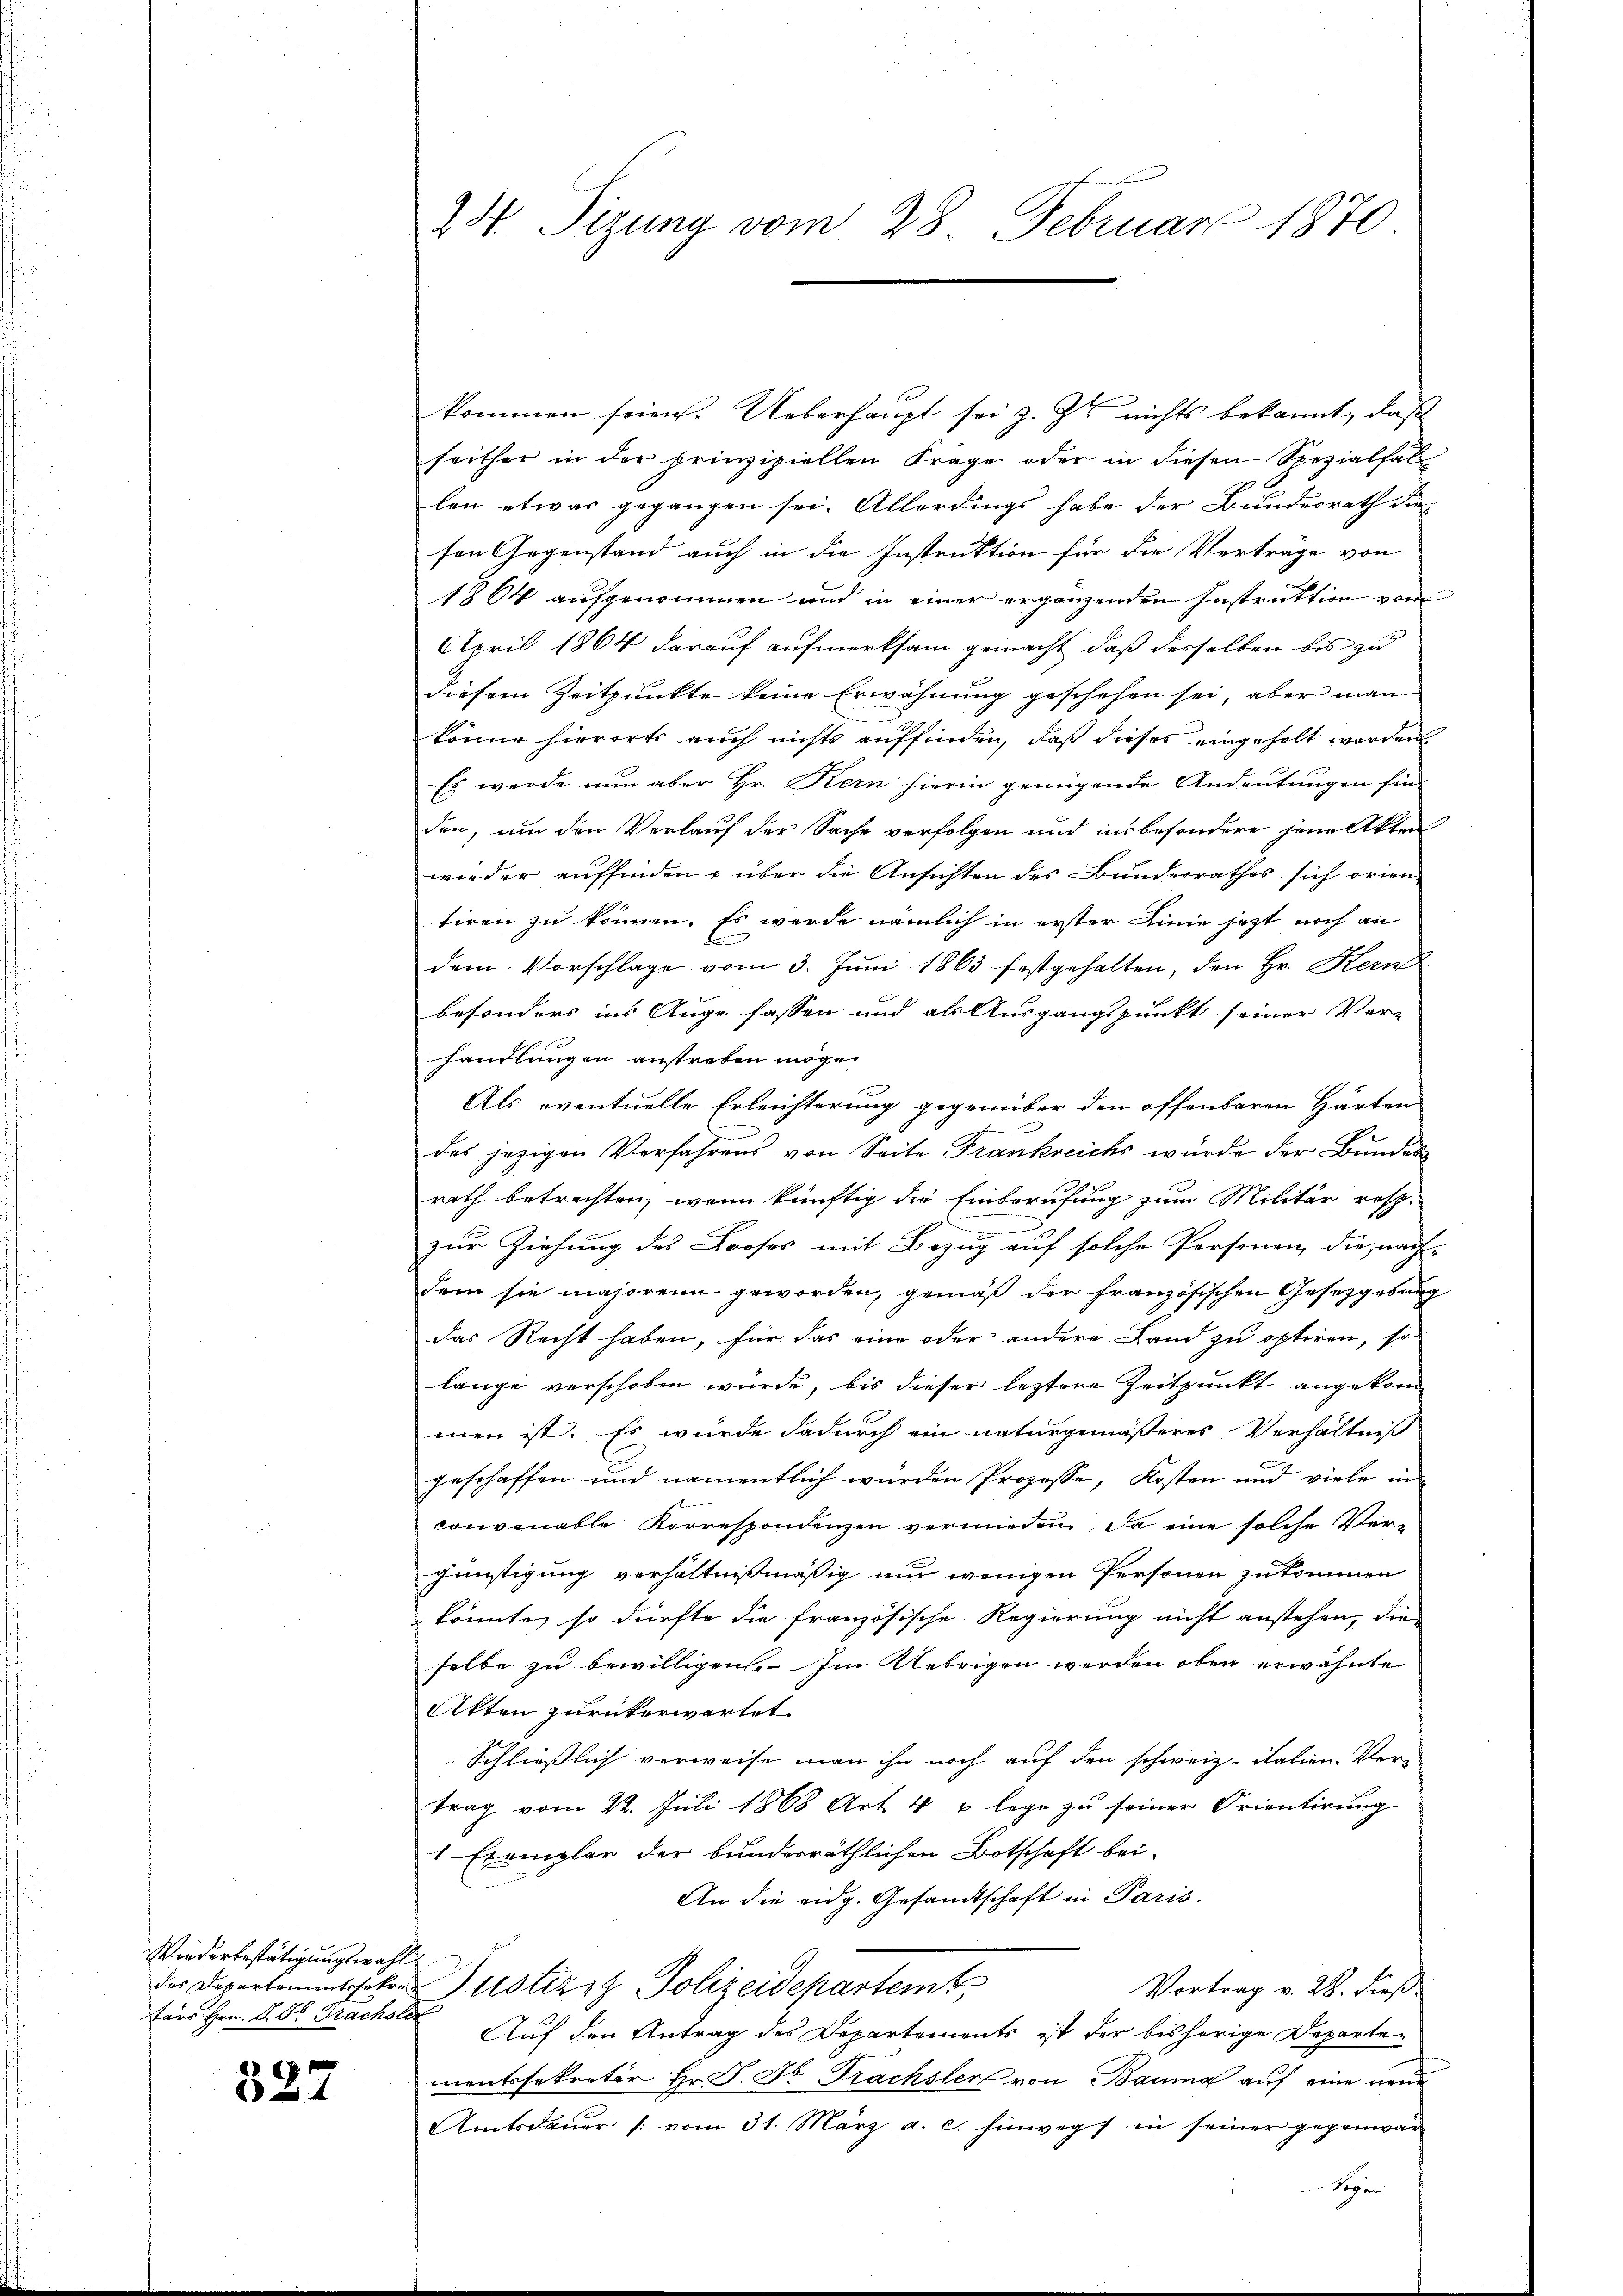
Wiederbestätigungswahl
tars Hrn. P. Dr. Prachst

527

24 Tizung vom 28. Februar 1870

kommen seien. Ueberhaupt sei z. Z. nichts bekannt, daß
seither in der prinzipiellen Frage oder in diesen Spezialfal
len etwas gegangen sei. Allerdings habe der Bundesrath die
sen Gegenstand auch in die Instruktion für die Vertrage von
1864 aufgenommen und in einer ergänzenden Instruktion vom
April 1864 darauf aufmerksam gemacht, daß desselben bis zu
diesem Zeitpunkte keine Erwähnung geschehen sei, aber man
könne hierorts auch nichts auffinden, daß dieses eingeholt worden
Es werde nun aber Hr. Kern hierin genügende Andeutungen Ein-
den, um den Verlauf der Sache verfolgen und insbesondere jene Akten
wieder auffinden u über die Ansichten des Bunderrathes sich orientiren zu können. Es werde nämlich in erster Linie jetzt noch an
dem Vorschlage vom 3. Juni 1863 festgehalten, den Hr. Kern
besonders ins Auge fassen und als Ausgangspunkt seiner Ver-
handlungen anstreben möge.
Als eventuelle Erleichterung gegenüber den offenbaren Härten
G
des jezigen Verfahrens von Seite Frankreichs wurde der Bundes
rath betrachten, wenn künftig die Einberufung zum Militär resp.
.
zur Ziehung des Looses mit Bezug auf solche Personen, die nach-
dem sie majorenn geworden, gemäß der französischen Gesetzgebung
das Recht haben, für das eine oder andere Land zu optiren, so
lange verschoben würde, bis dieser leztere Zeitpunkt angekommen ist. Es wurde dadurch ein naturgemässeres Verhältniß
geschaffen und namentlich wurden Prozesse, Kosten und viele in
convenalle Korrespondenzen vermieden. Da eine solche Ver-
günstigung verhältnißmäßig nur wenigen Personen zukommen
könnte, so dürfte die französische Regierung nicht anstehen, die
selbe zu bewilligen. Im Uebrigen werden oben erwähnte
Akten zurückerwartet.
Schliesslich verweise man ihn noch auf den schweiz. italien- Ver-
trag vom 22. Juli 1868 Art. 4 u lege zŭ seiner Orientirŭng
1 Exemplar der bundesräthlichen Botschaft bei-
An die eidg. Gesandtschaft in Paris.
.
der Departamentsehr Justiz & Polizeidepartemt
Vortrag v. 28. dieß.
f
Auf den Antrag des Departements ist der bisherige Departementssekretär Hr. J. J. Trachsler von Bauma auf eine neue
Amtsdaŭer /: vom 31. März a. c. hinwegs in seiner gegenwär
 Segen
f